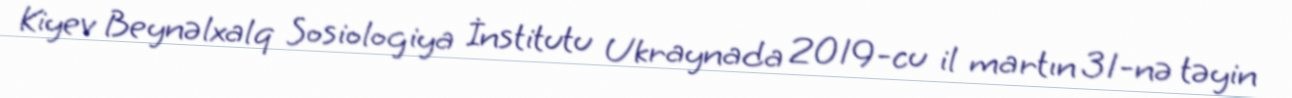
Kiyev Beynəlxalq Sosiologiya İnstitutu Ukraynada 2019-cu il martın 31-nə təyin